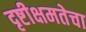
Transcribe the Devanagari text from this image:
दृष्टीक्षमतेचा